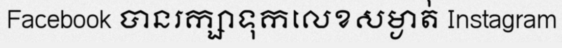
Facebook បានរក្សាទុកលេខសម្ងាត់ Instagram